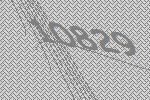
10829